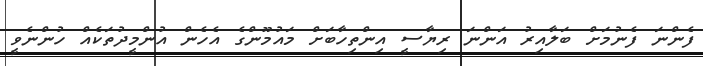
ފެންނަ ފެނުމަށް ބަލާއިރު އަންނަ ރިޔާސީ އިންތިހާބަށް މައުމޫންގެ އެހެން އުންމީދުތަކެއް ހުންނެވީ